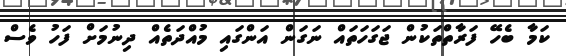
ކަމާ ބެހޭ ފަރާތްތަކުން ޖަގަހަތައް ނަގަން އަންގައި މުއްދަތެއް ދިނުމަށް ފަހު ވެސް